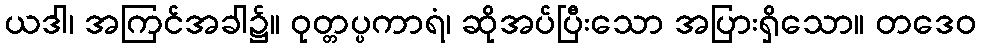
ယဒါ၊ အကြင်အခါ၌။ ဝုတ္တပ္ပကာရံ၊ ဆိုအပ်ပြီးသော အပြားရှိသော။ တဒေဝ